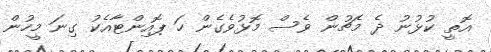
އޮތީ ކުޅުނު ދެ މެޗުން ވެސް މޮޅުވެގެން ހަ ޕޮއިންޓާއެކު ގިނަ މީހުން